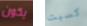
يكون كسبت